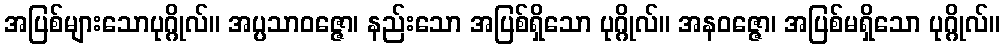
အပြစ်များသောပုဂ္ဂိုလ်။ အပ္ပသာဝဇ္ဇော၊ နည်းသော အပြစ်ရှိသော ပုဂ္ဂိုလ်။ အနဝဇ္ဇော၊ အပြစ်မရှိသော ပုဂ္ဂိုလ်။